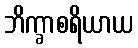
ဘိက္ခာစရိယာယ